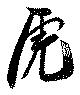
虎